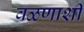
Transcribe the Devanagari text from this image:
वळणाशी